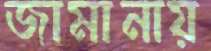
জামানায়